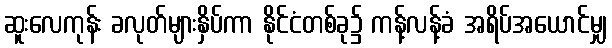
ဆူးလေကုန်း ခလုတ်များနှိပ်ကာ နိုင်ငံတစ်ခု၌ ကန့်လန့်ခံ အရိပ်အယောင်မျှ